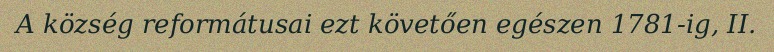
A község reformátusai ezt követően egészen 1781-ig, II.